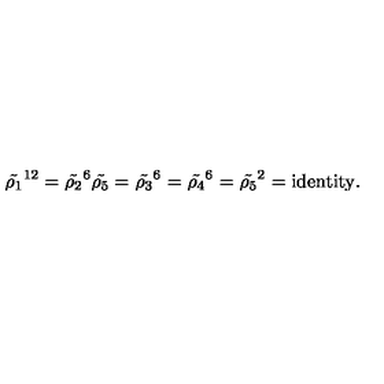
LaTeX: { \tilde { \rho _ { 1 } } } ^ { 1 2 } = { \tilde { \rho _ { 2 } } } ^ { 6 } { \tilde { \rho _ { 5 } } } = { \tilde { \rho _ { 3 } } } ^ { 6 } = { \tilde { \rho _ { 4 } } } ^ { 6 } = { \tilde { \rho _ { 5 } } } ^ { 2 } = \mathrm { i d e n t i t y } .